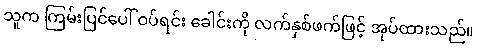
သူက ကြမ်းပြင်ပေါ် ဝပ်ရင်း ခေါင်းကို လက်နှစ်ဖက်ဖြင့် အုပ်ထားသည်။